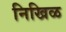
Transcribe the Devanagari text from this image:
निखिळ